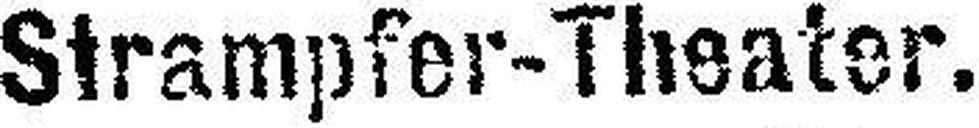
Strampfer-Theater.